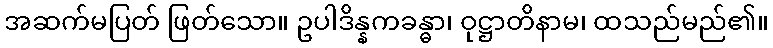
အဆက်မပြတ် ဖြတ်သော။ ဥပါဒိန္နကခန္ဓာ၊ ဝုဋ္ဌာတိနာမ၊ ထသည်မည်၏။